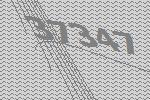
37347